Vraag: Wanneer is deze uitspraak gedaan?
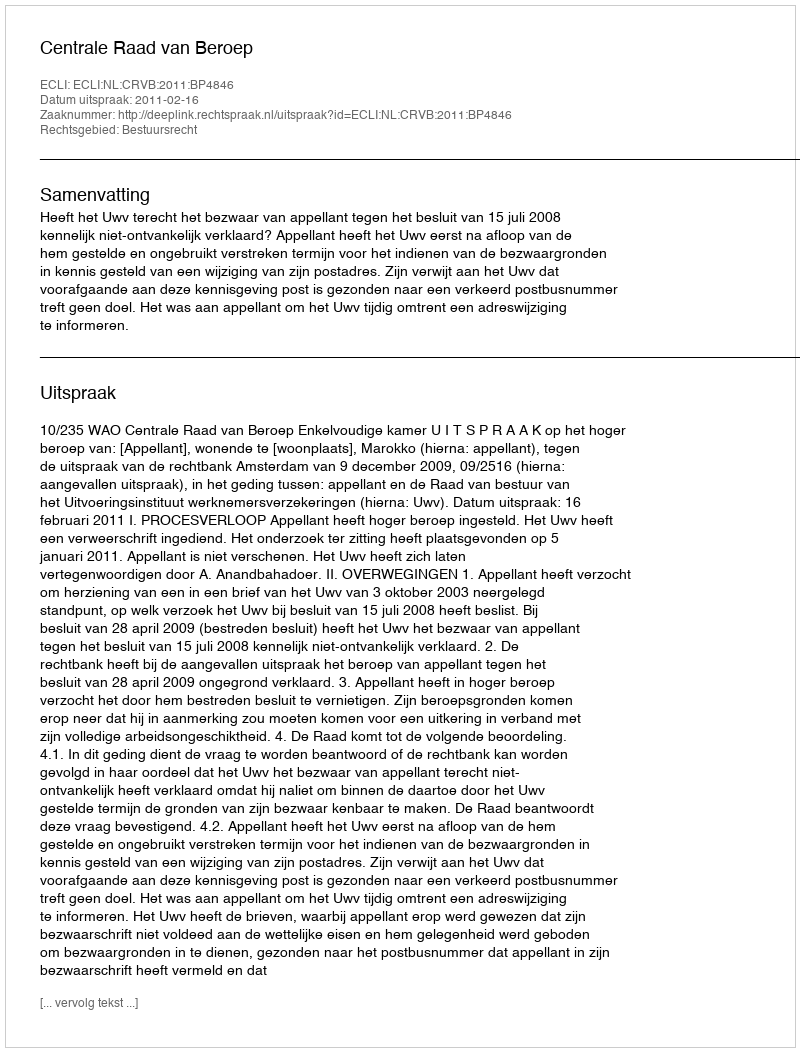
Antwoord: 2011-02-16